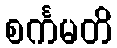
စင်္ကမတိ